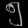
Digit: ၅